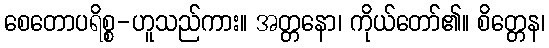
စေတောပရိစ္စ-ဟူသည်ကား။ အတ္တနော၊ ကိုယ်တော်၏။ စိတ္တေန၊